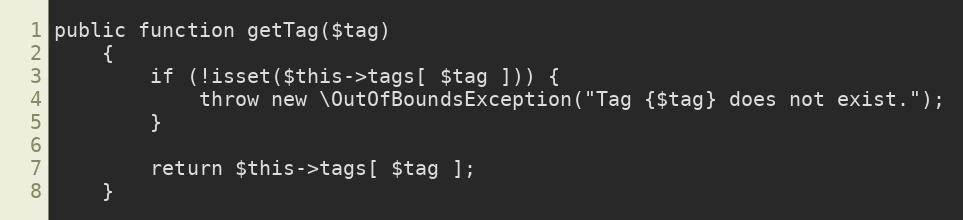
Language: PHP
public function getTag($tag)
    {
        if (!isset($this->tags[ $tag ])) {
            throw new \OutOfBoundsException("Tag {$tag} does not exist.");
        }

        return $this->tags[ $tag ];
    }